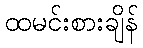
ထမင်းစားချိန်